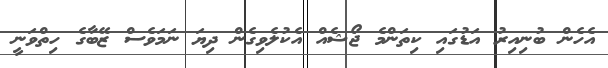
އެހެން ބުނިއިރު އަޑުގައި ކިތަންމެ ޖޯޝެއް އެކުލެވިގެން ދިޔަ ނަމަވެސް ޒޭބާގެ ހިތްވަނީ